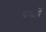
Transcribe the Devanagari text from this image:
वसायें